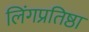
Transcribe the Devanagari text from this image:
लिंगप्रतिष्ठा